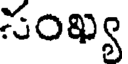
సంఖ్య